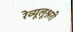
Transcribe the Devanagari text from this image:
रेव्यूलूश्नरी